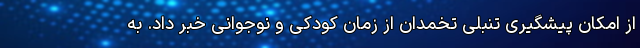
از امکان پیشگیری تنبلی تخمدان از زمان کودکی و نوجوانی خبر داد. به